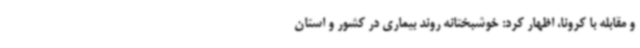
و مقابله با کرونا، اظهار کرد: خوشبختانه روند بیماری در کشور و استان